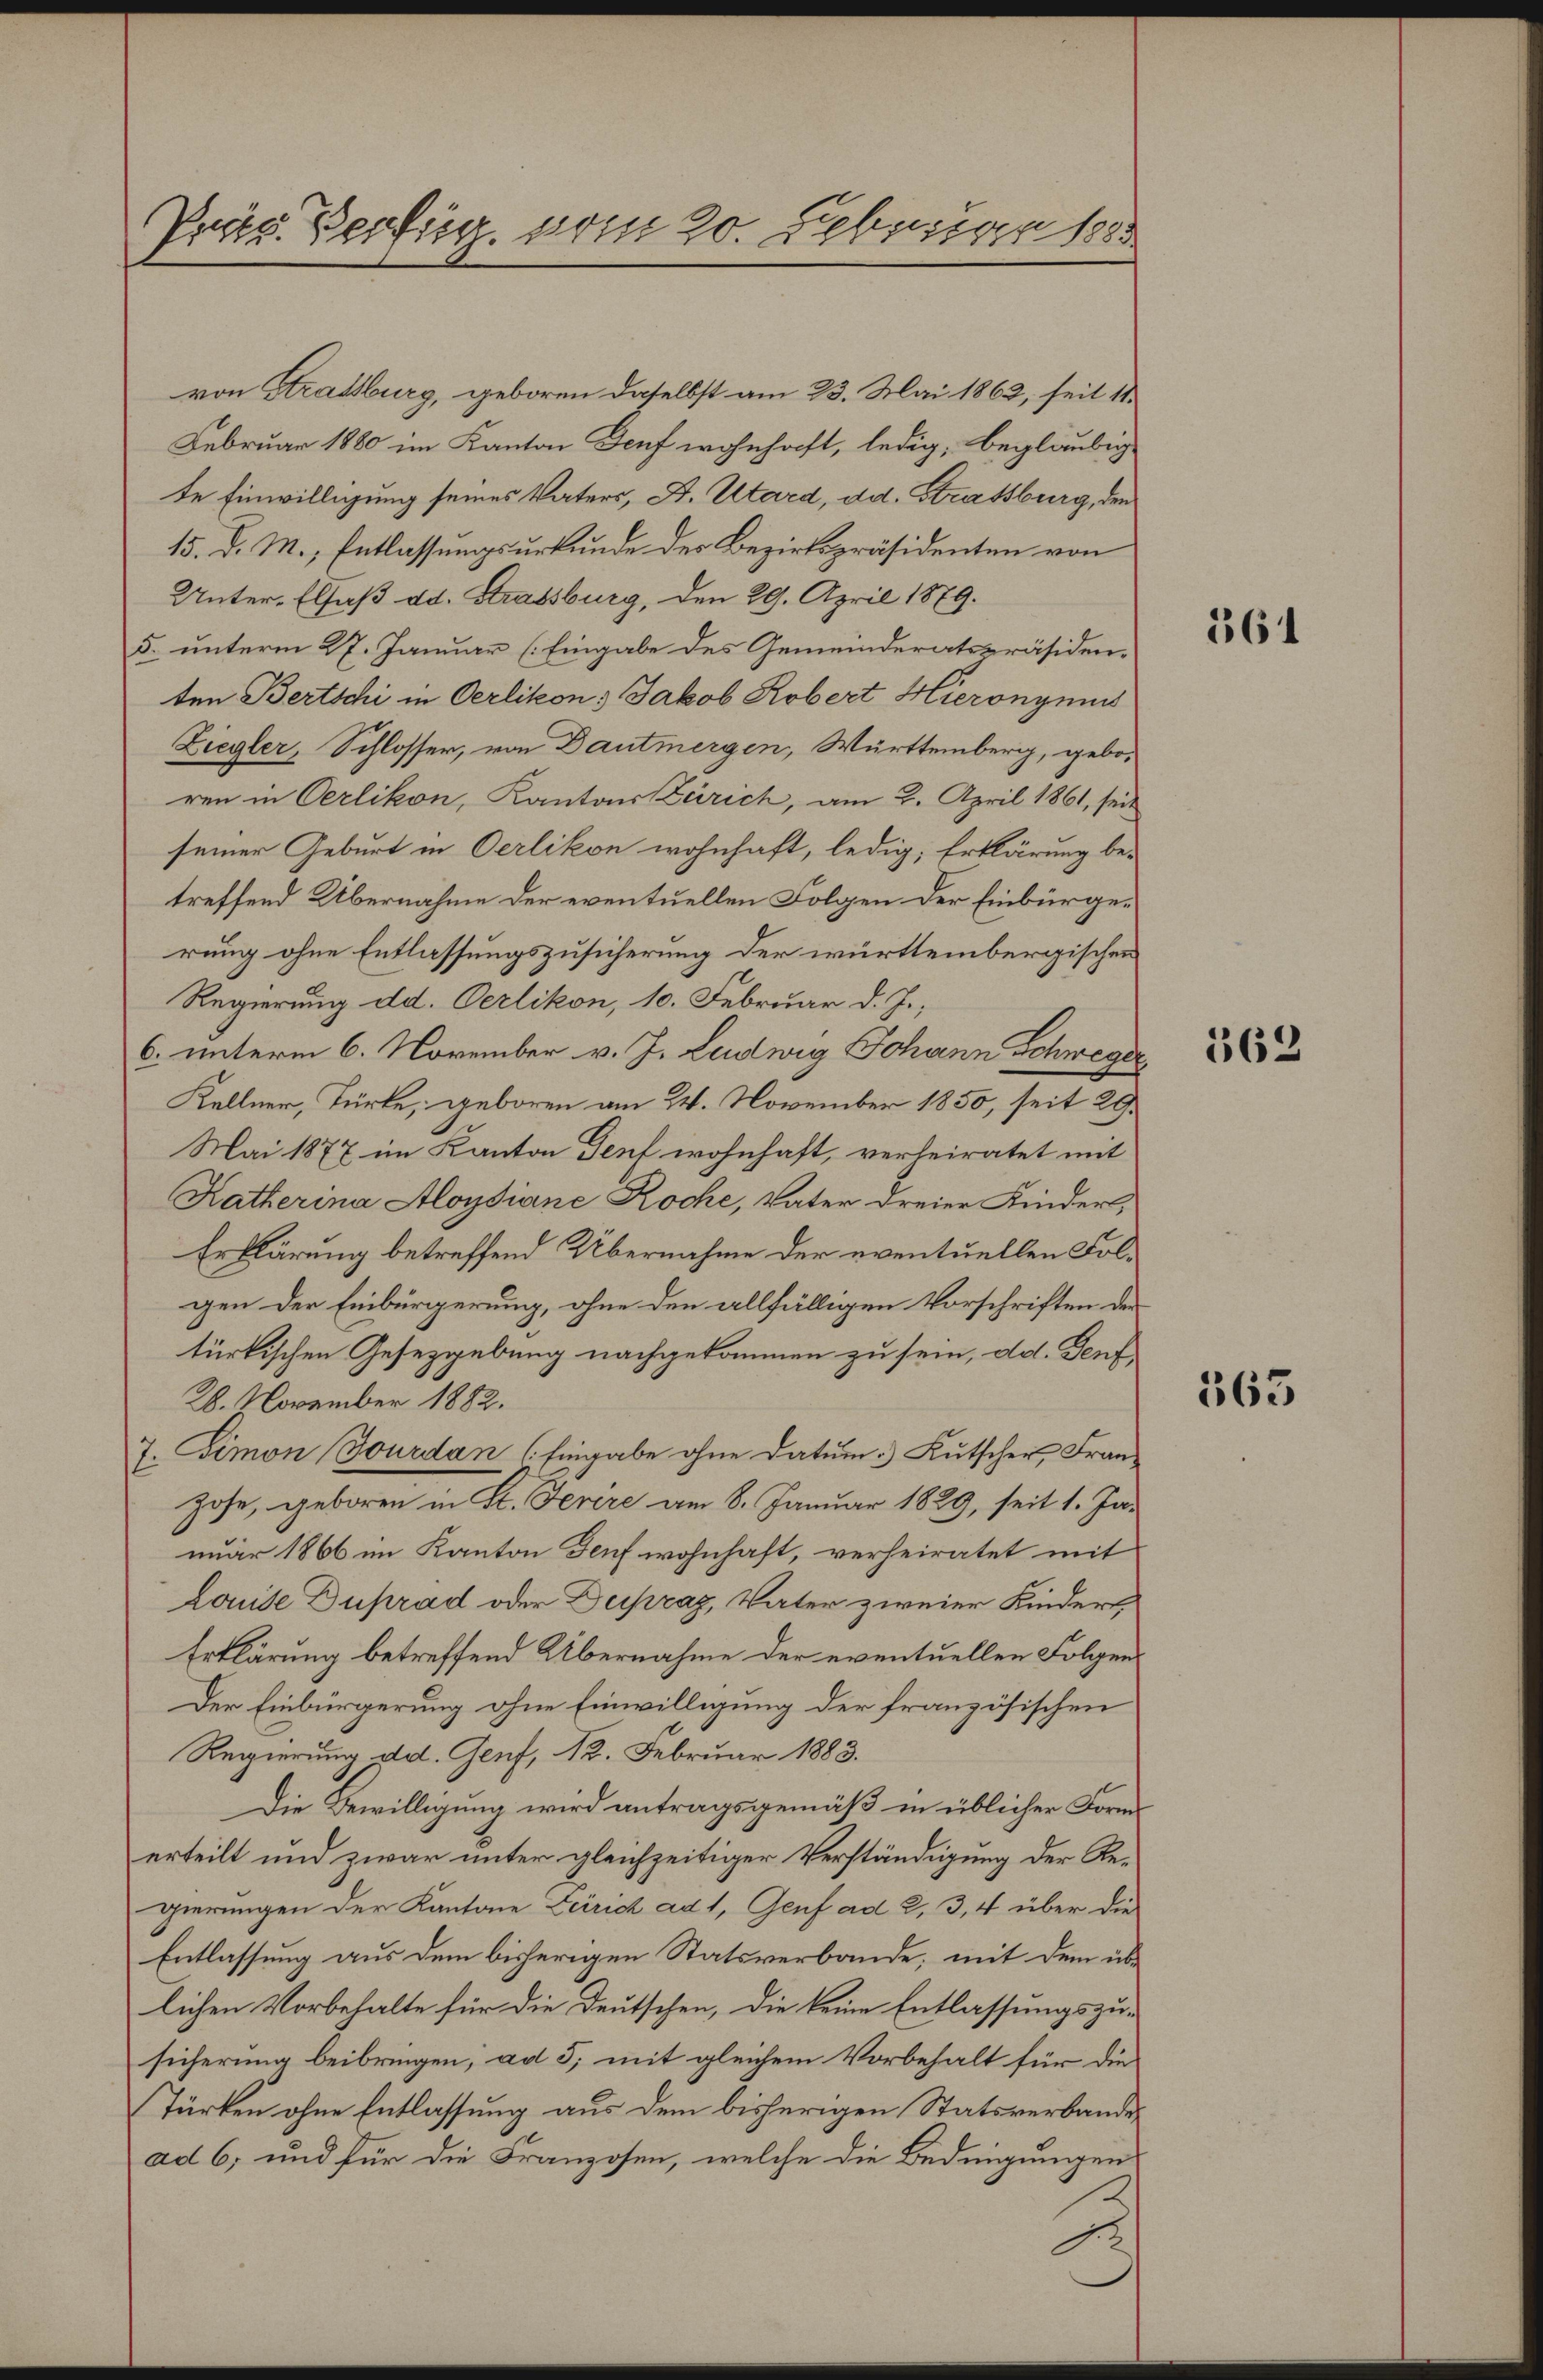
Präs. Verfüg vom 20. Februar 1885

von Strassburg, geboren daselbst am 23. Mai 1862, seit 11.
Februar 1880 im Kanton Genf wohnhaft, ledig, begläubig
te Einwilligung seines Vaters, A. Utard, dd. Strassburg, den
15. d. M., Entlassungsurkunde des Bezirkspräsidenten von
Unter-Elsaß ad. Strassburg, den 29. April 1879.
5. unterm 27. Januar (Eingabe des Gemeinderatspräsiden-
ten Bertschi in Oerlikon: Jakob Robert Hieronymis
Ziegler, Schlosser, von Dautmergen, Württemberg, geboren in Oerlikon, Kantons Zürich, am 2. April 1861, seit
seiner Geburt in Oerlikon wohnhaft, ledig, Erklärung be-
treffend Übernahme der eventuellen Folgen der Einbürgerung ohne Entlassungszusicherung der württembergischen
Regierung dd. Oerlikon, 10. Februar d. J.,
6. unterm 6. November v. J. Ludwig Johann Schweger
Kellner, Türke, geboren am 24. November 1850, seit 29.
Mai 1877 im Kanton Genf wohnhaft, verheiratet mit
Katherina Aloysiane Roche, Vater dreier Kindert,
Erklärung betreffend Übernahme der eventuellen Folgen der Einbürgerung, ohne den allfälligen Vorschriften der
türkischen Gesetzgebung nachgekommen zu sein, dd. Genf,
28. November 1882.
7. Simon Jourdan (Eingabe ohne Datum.) Kutscher, Franhohe, geboren in St. Ferere am 8. Januar 1829, seit 1. Januar 1866 im Kanton Genf wohnhaft, verheiratet mit
Louise Duprad oder Dupraz, Vater zweier Kindert,
Erklärung betreffend Übernahme der eventuellen Folgen¬
Der Einbürgerung ohne Einwilligung der französischen
Regierung dd. Genf, 12. Februar 1883.
Die Bewilligung wird antragsgemäß in üblicher Form
erteilt und zwar unter gleichzeitiger Verständigung der Regierungen der Kantone Zürich ad 1, Genf ad 2, 3, 4 über die
Entlassung aus dem bisherigen Statsverbande; mit dem üblichen Vorbehalte für die Deutschen, die keine Entlassungszusicherung beibringen, ad 5; mit gleichem Vorbehalt für die
Türken ohne Entlassung aus dem bisherigen Statsverbande
ad 6; und für die Franzosen, welche die Bedingungen

561

562

365